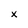
Character: x